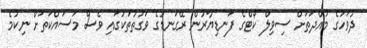
ދުވަހުގެ މުއްދަތަށް ސިވިލް ކޯޓްގެ ފަނޑިޔާރުން ރޭގަނޑުގެ ވަގުތުތަކުގައި ވެސް މަސައްކަތަށް ނިކުމެ